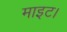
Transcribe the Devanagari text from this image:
माइट।